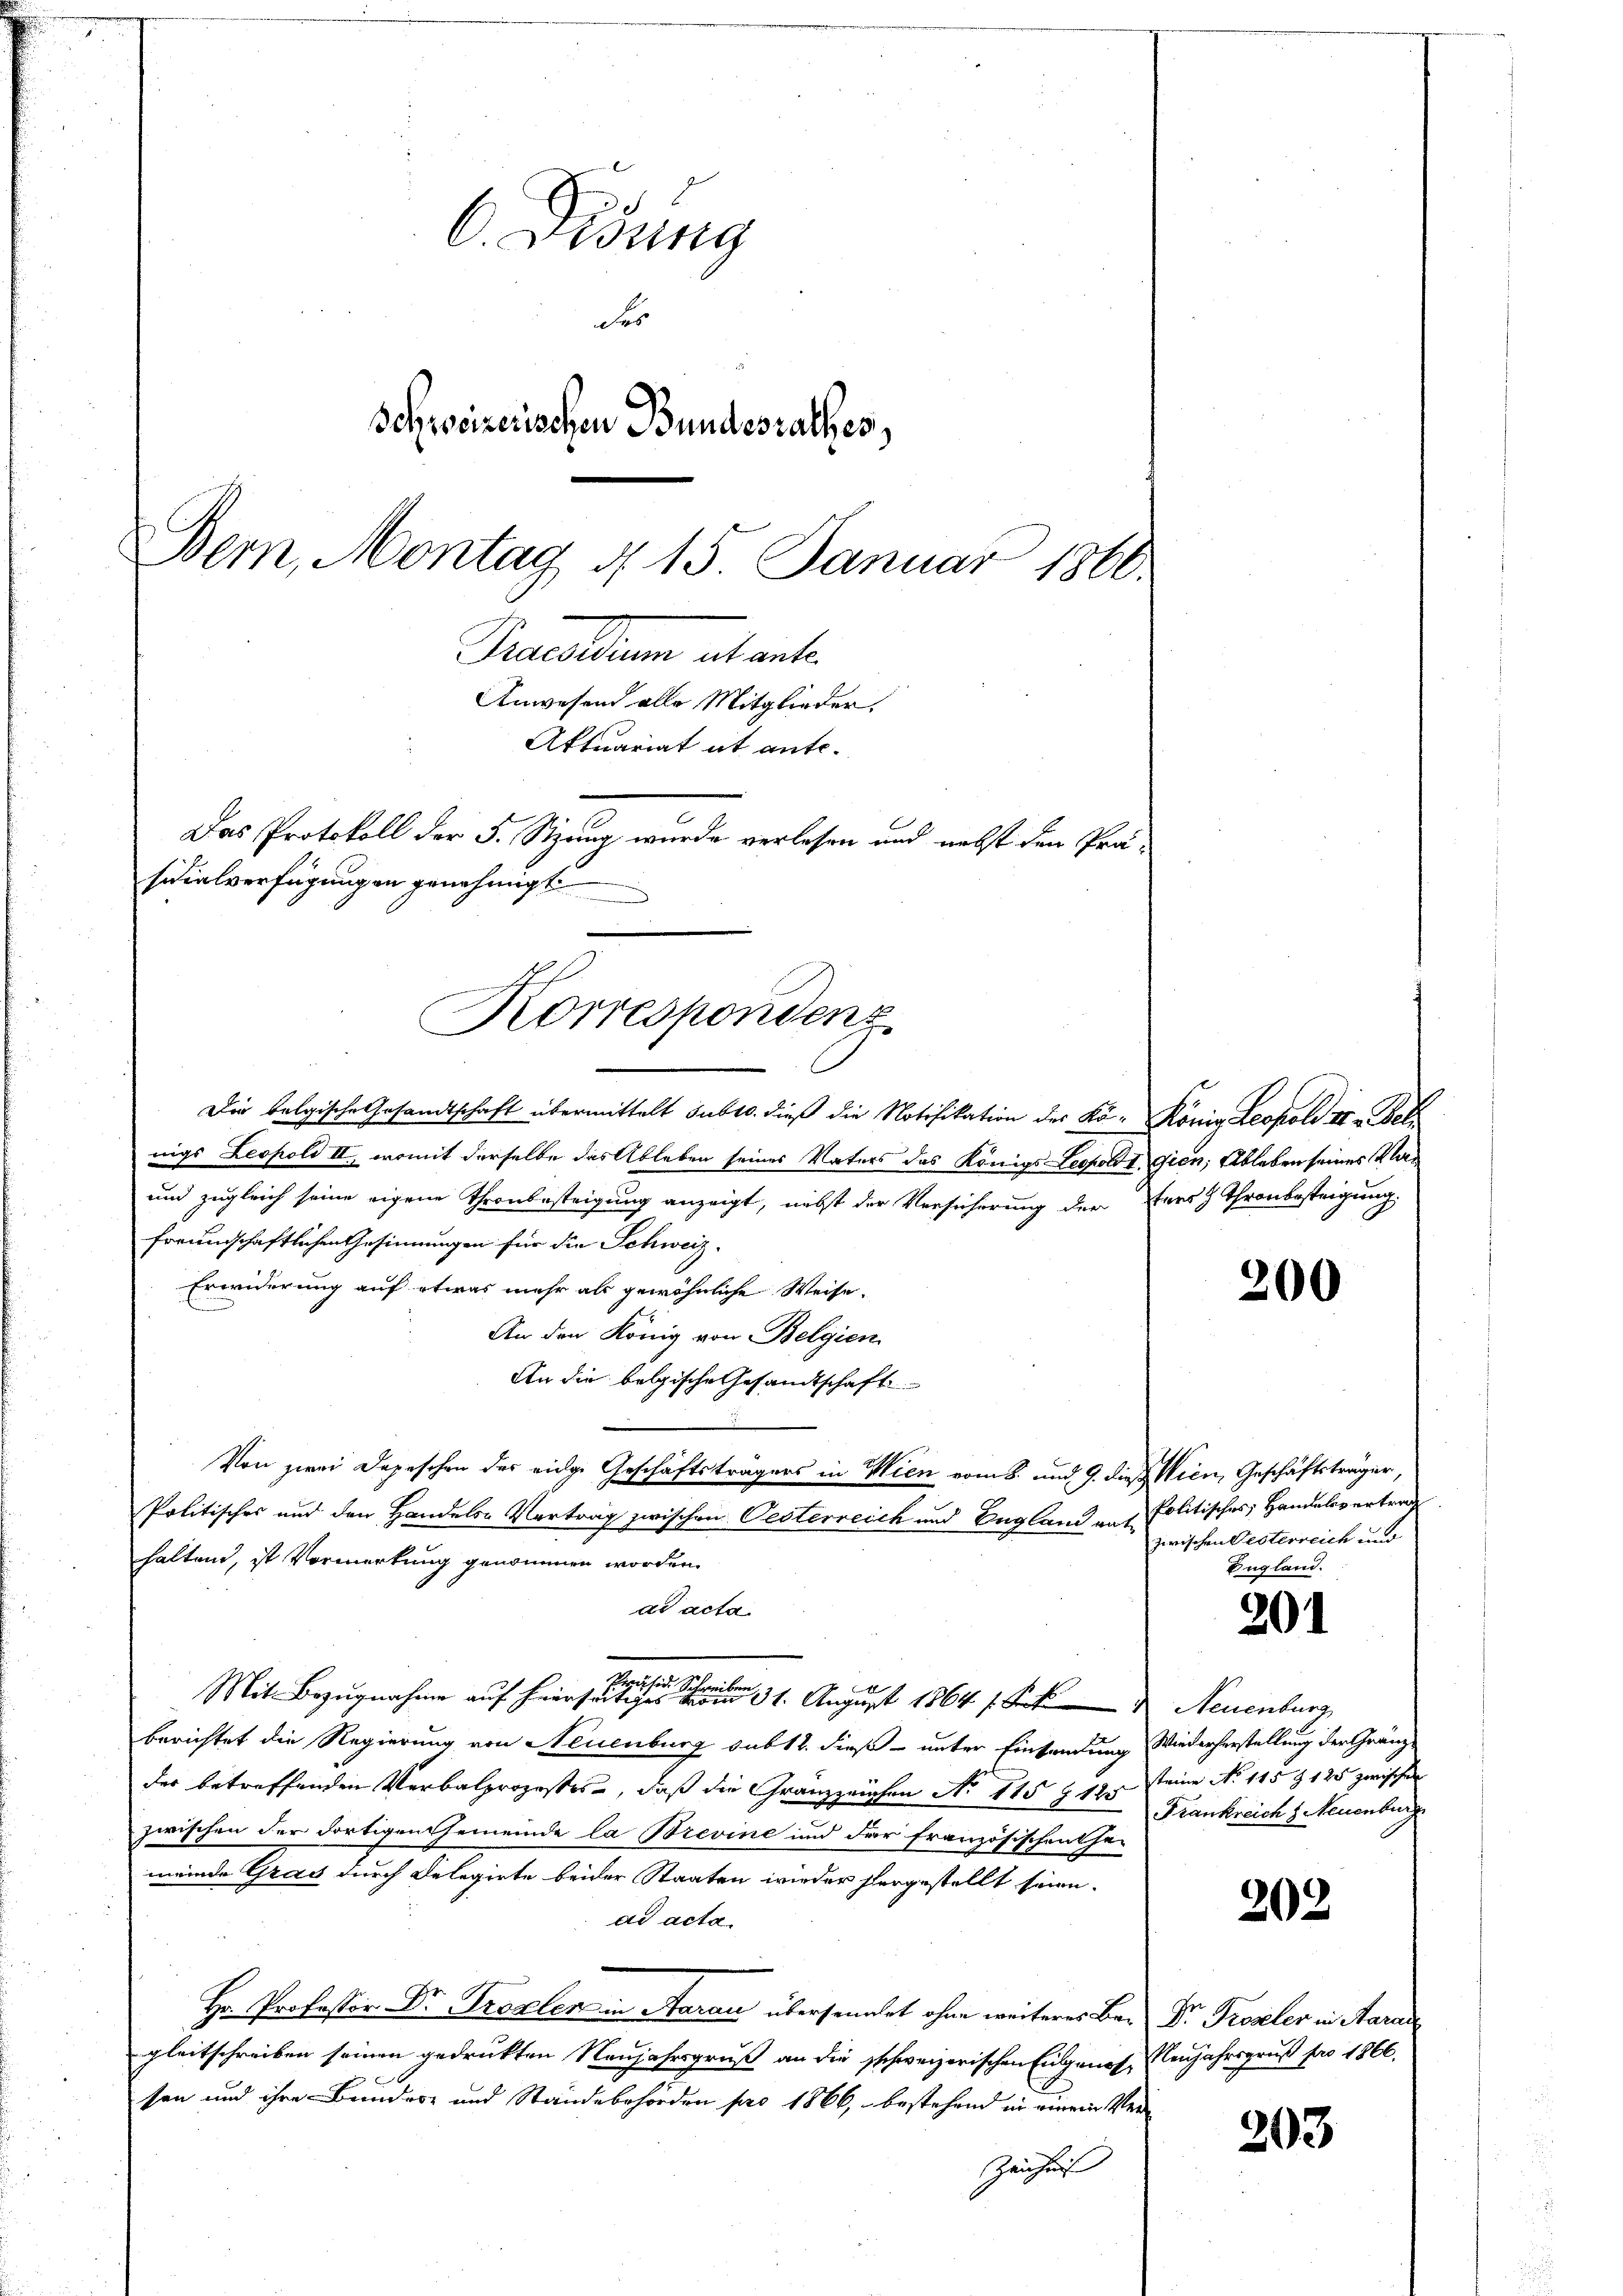
Didung
Ser
Schweizerischen Bundesrathes,
Bern, Montag d 15. Januar 1860.
Bacollum actant
Anwesend alle Mitglieder.
Aktuariat it ante.
Das Protokoll der 5. Stzung wurde verlesen und nebst den Präsidialverfügung in genehmigt

Korrespondenz

Die belgische Gesandtschaft übermittelt subtr. dieß die Notifikation des Ko- König Leopold II. Bal
nigs Leopold II, womit derselbe das Ableben seines Vaters das Königs Leopold gien, Ableben seines Va¬
und zugleich seine eigene Thronbesteigung anzeigt, nebst der Versicherung der Fers & Thronbestrigung
freundschaftlichen Gesinnungen für die Schweiz.
Erwiderung auf etwas mehr als gewöhnliche Weise.
An den König von Belgien
An die belgische Gesandtschaft
Von zwei Depeschen des eidge Geschäftsträgers in Wien vom 8. und 9. die Wien, Geschäftsträger,
Politisches und den Handels- Vertrag zwischen Oesterreich und Englanz auf Politisches Handelsvertrag
haltend, ist Vormerkung genommen worden.
ad acta.
Mit Bezugnahme auf hiersehen. August 1864 s. Neuenburg
berichtet die Regierung von Neuenburg sub 12. dieß unter Eintendung Wiederherstellung der Gränzder betreffenden Verbalprozesses, daß die Gränzzeichen No 115 912 steine No 115 Z 1 25 zwischen
zwischen der dortigen Gemeinde la Brevine und der französischenthei
meinde Grad durch Delegirte beider Staaten wieder hergestellt seien.
dd acta.
Hr. Professor Dr. Prozelen in Aarau übersendet ohne weiteres Bar Dr. Proseler in Aarau
gleitschreiben seinen gedruckten Neujahrsgruß an die schweizerischen Eigenes Neujahrsgruß pro 1866.
sen und ihre Bundes- und Ständebehörden pro 1866, bestehend in einem Ver¬
Zeichnis

200

zwischen Gesterreich und
England.

201

Frankreich s. Neuenburg

202

203